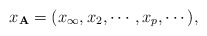
\begin{align*} x_{{\bf A}} = (x_\infty , x_2 , \cdots, x_p , \cdots) ,\end{align*}